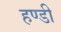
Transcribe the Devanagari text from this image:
हण्डी